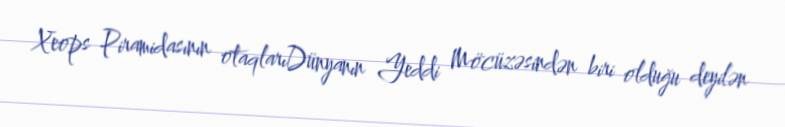
Xeops Piramidasının otaqlarıDünyanın Yeddi Möcüzəsindən biri olduğu deyilən